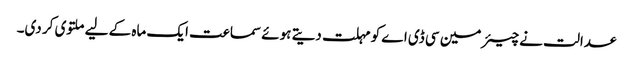
عدالت نے چیئرمین سی ڈی اے کو مہلت دیتے ہوئے سماعت ایک ماہ کے لیے ملتوی کر دی۔